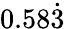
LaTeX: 0.58{\dot{3}}